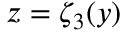
z = \zeta _ { 3 } ( y )